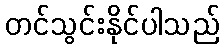
တင်သွင်းနိုင်ပါသည်